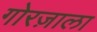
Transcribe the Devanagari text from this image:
गोरज़ाला